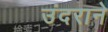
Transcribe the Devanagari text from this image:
उंदराने